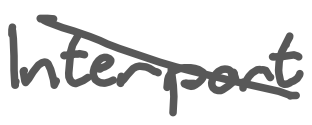
Text: Interport
Cross-out: diagonal
Writing tool: digital_gray